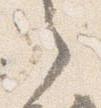
之